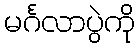
မင်္ဂလာပွဲကို